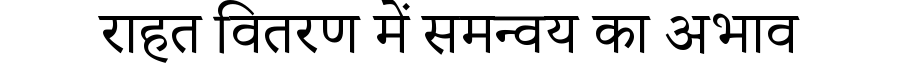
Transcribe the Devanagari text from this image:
राहत वितरण में समन्वय का अभाव